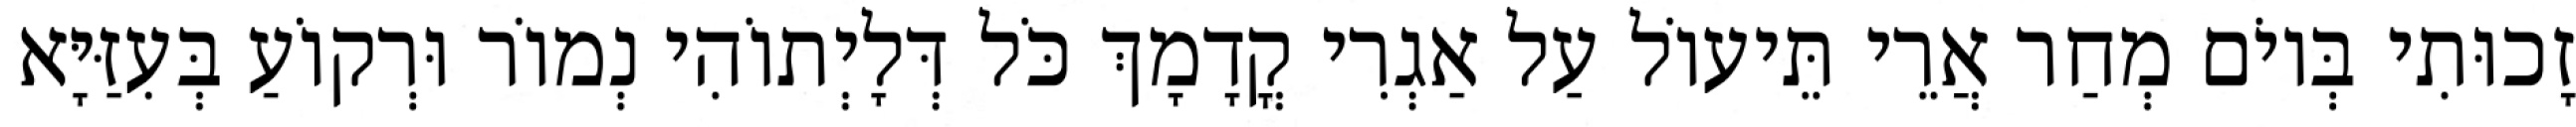
זָכוּתִי בְּיוֹם מְחַר אֲרֵי תֵּיעוֹל עַל אַגְרִי קֳדָמָךְ כֹּל דְּלָיְתוֹהִי נְמוֹר וּרְקוֹעַ בְּעִזַּיָּא